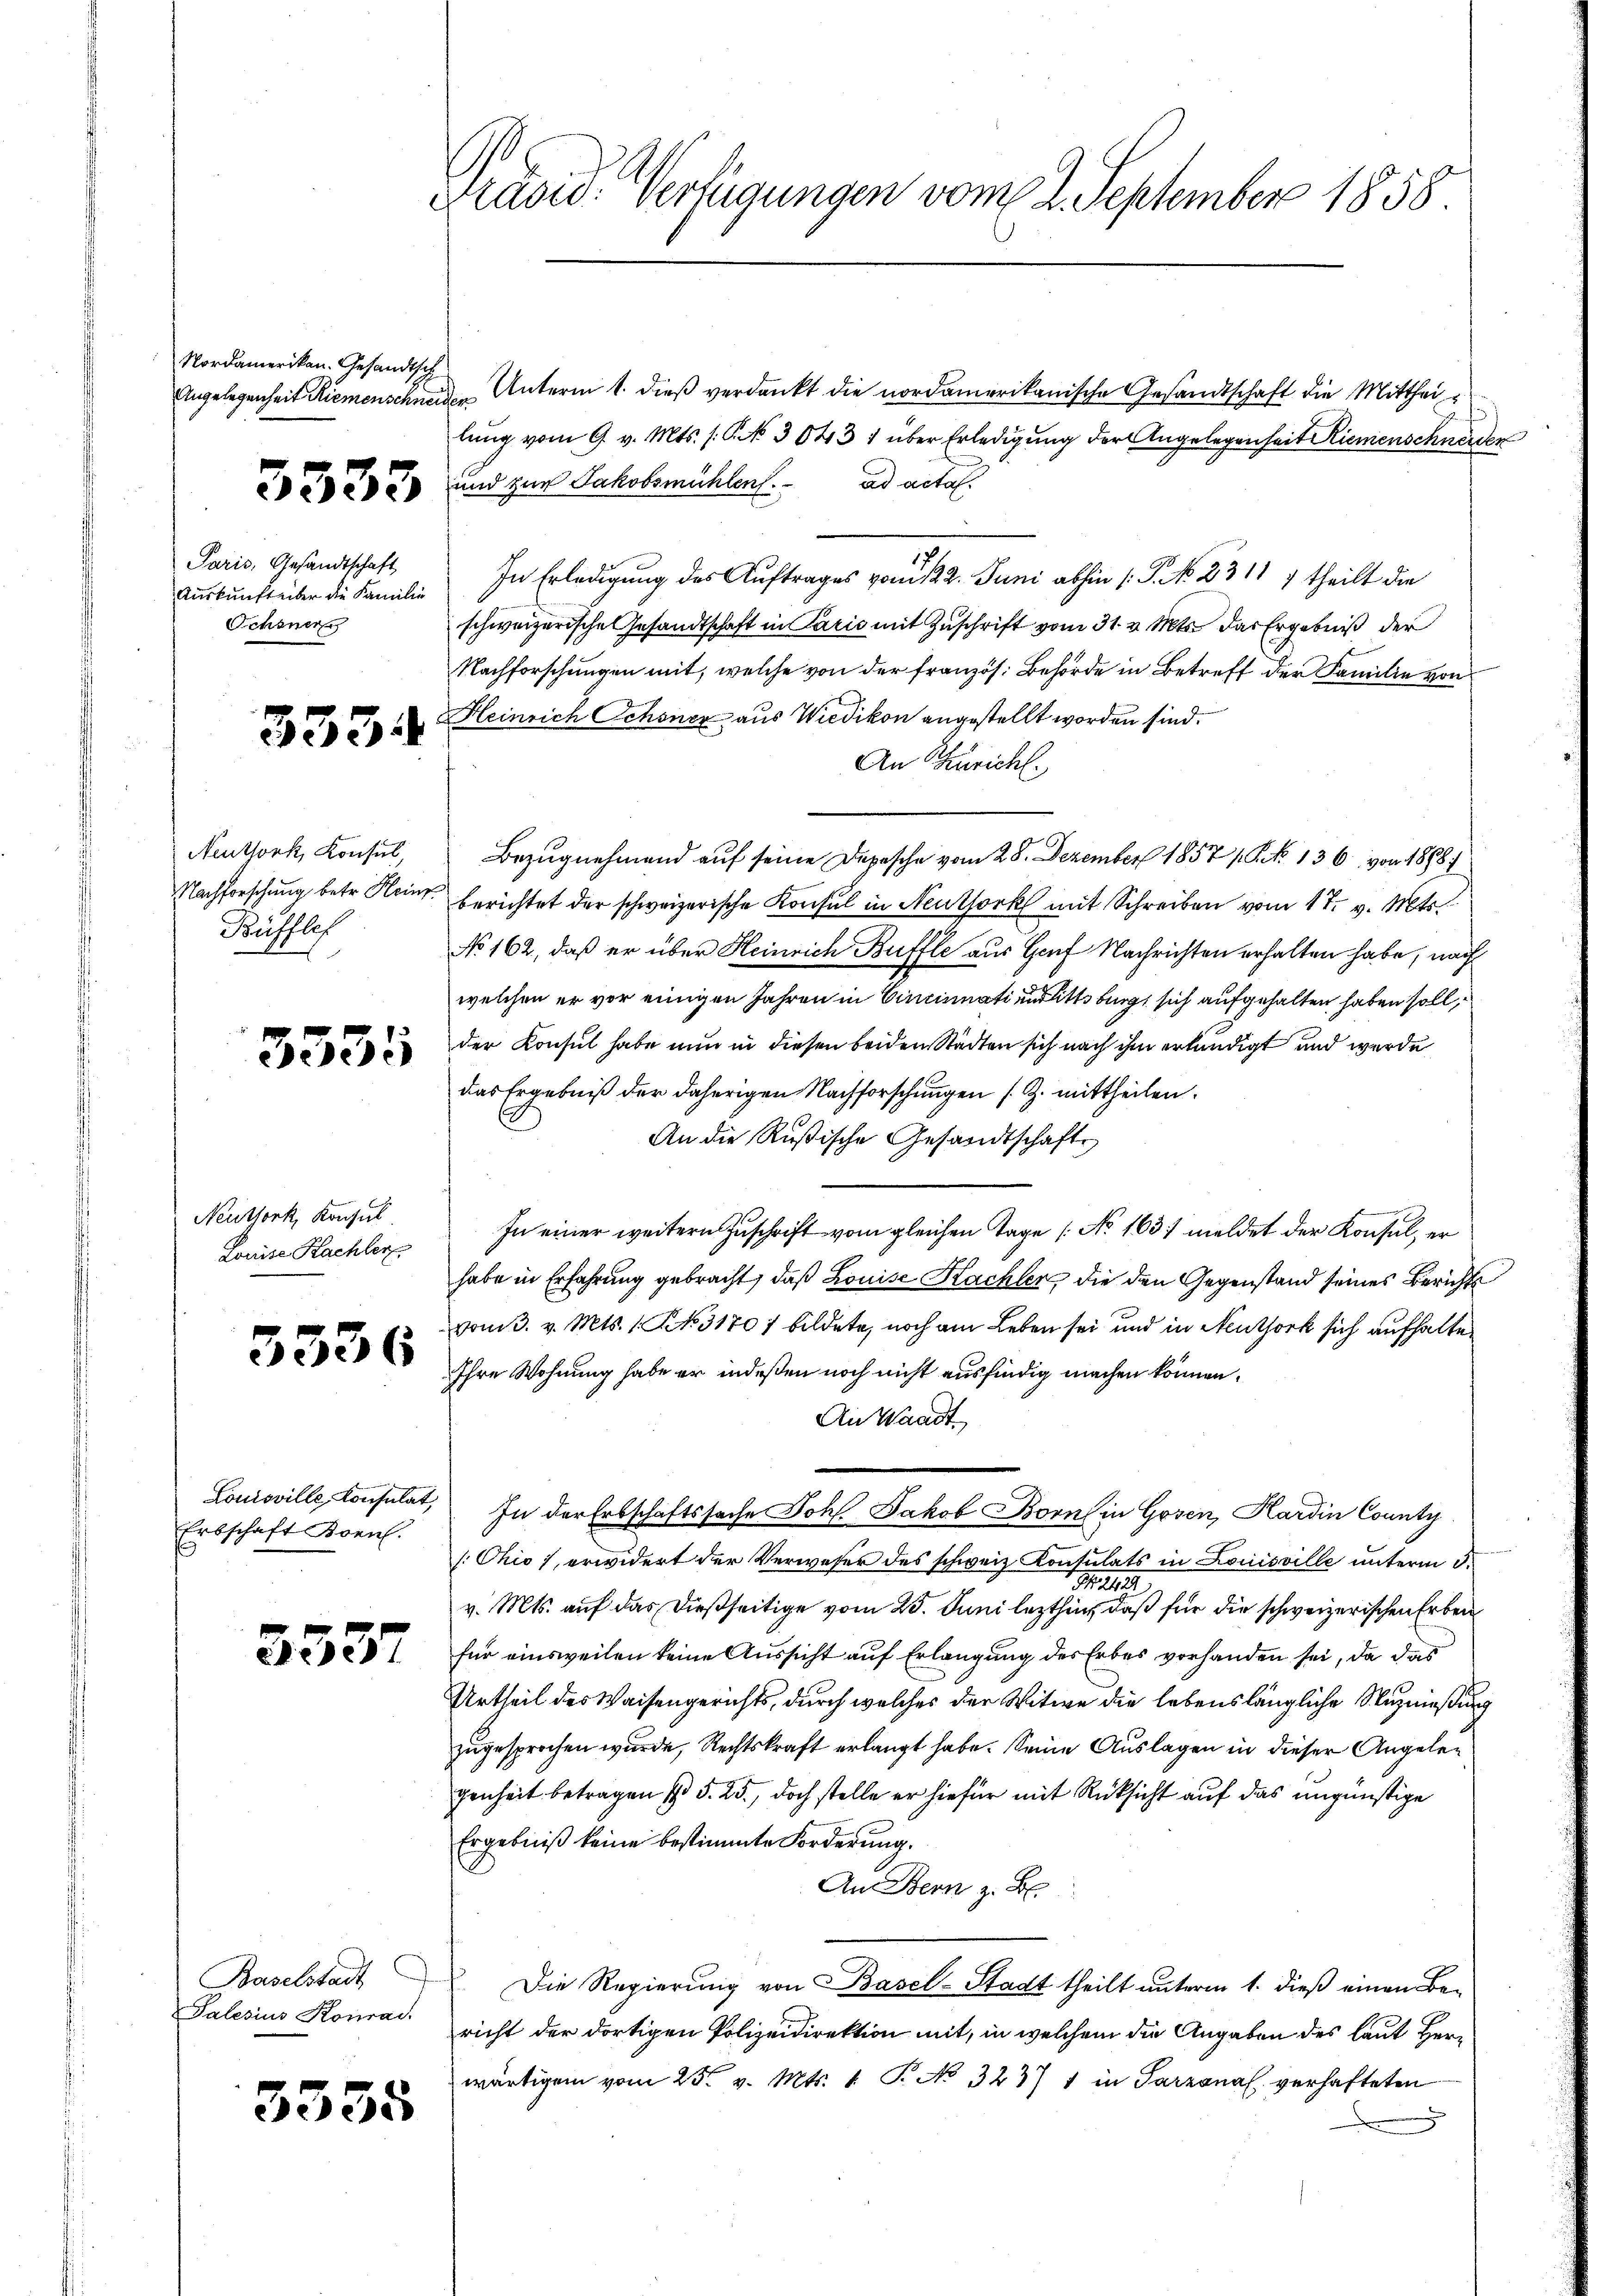
Nordamerikan. Gesandtsch
Angelegenheit Riemenschneiden.

3333

Paris, Gesandtschaft,
Auskunft aber die Familie
Schöner

333.

Neuthork, Konsul
Nachforschung betr. Kein
Bufflef

3535

Neuthork, Konsul
Louise Hachler

3336

Louisville, Konsulat,
Erbschaft Kreut.

3337

Baselstadt
Palesius Konrad

3555

Präsid. Verfügungen vom 1. September 1858

Unterm 1. dieß verdankt die nordamerikanische Gesandtschaft die Mittheilŭng vom 9. v. Mts. (C. No. 3043 1 über Erledigung der Angelegenheit Riemenschnete
und zur Jakobsmühlen. ad acta
In Erledigung des Auftrages vom 122. Juni abhin (: P. NNo. 2311 7 theilt die
schweizerische Gesandtschaft in Paris mit Zuschrift vom 31. v. Mts. das Ergebniß der
Nachforschungen mit, welche von der französ. Behörde in Betreff der Familie von
Heinrich Schöner aus Wiedikon angestellt worden sind.
An Züricht.
Bezugnehmend auf seine Depesche vom 28. Dezember 1857 (S NNo. 136, von 1898/
berichtet der schweizerische Konsul in Neuthork mit Schreiben vom 17. v. Mts.
No 162, daß er über Heinrich Buffte aus Hauf Nachrichten erhalten habe, nach
welchen er vor einigen Jahren in Cincinati unsittling sich aufgehalten haben soll,
der Konsul habe nun in diesen beiden Städten sich nach ihm erkundigt und werde
das Ergebniß der daherigen Nachforschungen (Z. mittheilen.
An die Rußische Gesandtschaft
In einer weitern Zuschrift vom gleichen Tage [No 1637 meldet der Konsul, er
habe in Erfahrung gebracht, daß Louise Hackler, die den Gegenstand seines Berichts
vom 3. v. Mts. 1. No. 31707 bildete, noch am Leben sei und in Neuthork sich aufhalten
Ihre Wohnung habe er indeßen noch nicht ausfindig machen können.
An Waadt
In der Erbschaftssache Joh. Jakob Born in Gosen, Kardin County
Chio), erwidert der Verweser des schweiz. Konsulats in Louisville unterm 3.
Ha
v. Mts. auf das dießseitige vom 25. Juni lezthin, daß für die schweizerischen Erben
für einsweilen keine Aussicht auf Erlangung des Erbes vorhanden sei, da das
Urtheil des Waisengerichts, durch welches der Witwe die lebenslängliche Stuznießun
zugesprochen wurde, Rechtskraft erlangt habe. Seine Auslagen in dieser Angelegenheit betragen (§. 25., doch stelle er hiefür mit Rücksicht auf das ungünstige
Ergebniß keine bestimmte Forderung.
An Bern z. B.
Die Regierung von Basel-Stadt theilt unterm 1. dieß einen Bericht der dortigen Polizeidirektion mit, in welchem die Angaben des laut Herr
wärtigen vom 25. v. Mts. 4 P. No 3237 1 in Tarzanal verhafteten